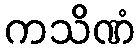
ကသိဏံ